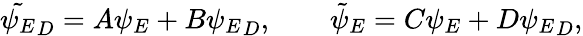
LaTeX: \tilde{\psi_{E}}_{D}=A\psi_{E}+B{\psi_{E}}_{D},\qquad{\tilde{\psi}}_{E}=C\psi_{E}+D{\psi_{E}}_{D},